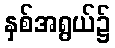
နှစ်အရွယ်၌